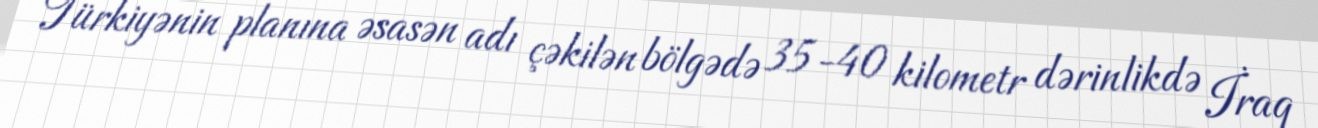
Türkiyənin planına əsasən adı çəkilən bölgədə 35-40 kilometr dərinlikdə İraq